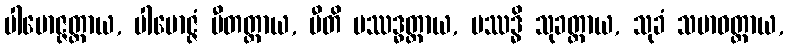
ပါမောဇ္ဇတ္ထာယ, ပါမောဇ္ဇံ ပီတတ္ထာယ, ပီတိ ပဿဒ္ဓတ္ထာယ, ပဿဒ္ဓိ သုခတ္ထာယ, သုခံ သမာဓတ္ထာယ,